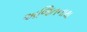
અજિતનાથ